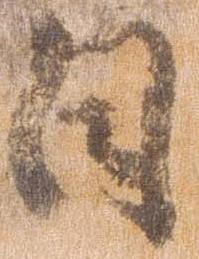
日